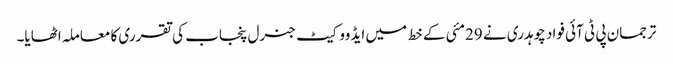
ترجمان پی ٹی آئی فواد چوہدری نے 29مئی کے خط میں ایڈووکیٹ جنرل پنجاب کی تقرری کا معاملہ اٹھایا۔